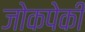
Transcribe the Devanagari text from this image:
जोकपेकी